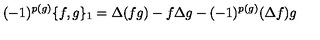
( - 1 ) ^ { p ( g ) } \{ f , g \} _ { 1 } = \Delta ( f g ) - f \Delta g - ( - 1 ) ^ { p ( g ) } ( \Delta f ) g